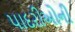
પાદરીઓની